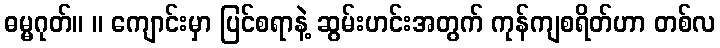
ဓမ္မဂုတ်။ ။ ကျောင်းမှာ ပြင်စရာနဲ့ ဆွမ်းဟင်းအတွက် ကုန်ကျစရိတ်ဟာ တစ်လ